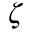
\zeta